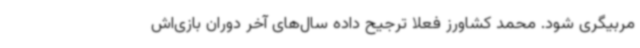
مربیگری شود. محمد کشاورز فعلا ترجیح داده سال‌های آخر دوران بازی‌اش